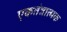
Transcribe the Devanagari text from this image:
एकतंत्रात्मक